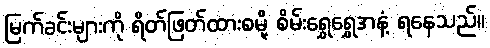
မြက်ခင်းများကို ရိတ်ဖြတ်ထားစမို့ စိမ်းရွှေရွှေအနံ့ ရနေသည်။